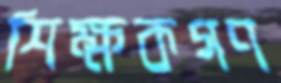
শিক্ষকগণ